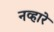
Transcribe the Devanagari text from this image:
नव्हारे